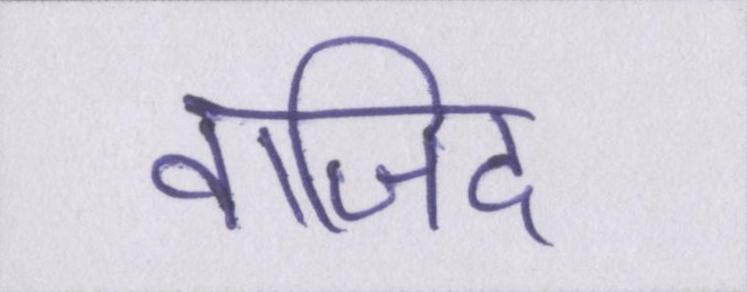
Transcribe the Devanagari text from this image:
वाजिद